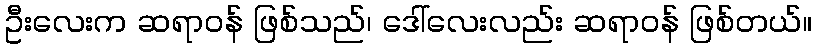
ဦးလေးက ဆရာဝန် ဖြစ်သည်၊ ဒေါ်လေးလည်း ဆရာဝန် ဖြစ်တယ်။